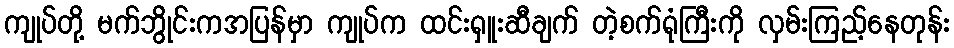
ကျုပ်တို့ မက်ဘွိုင်းကအပြန်မှာ ကျုပ်က ထင်းရှူးဆီချက် တဲ့စက်ရုံကြီးကို လှမ်းကြည့်နေတုန်း